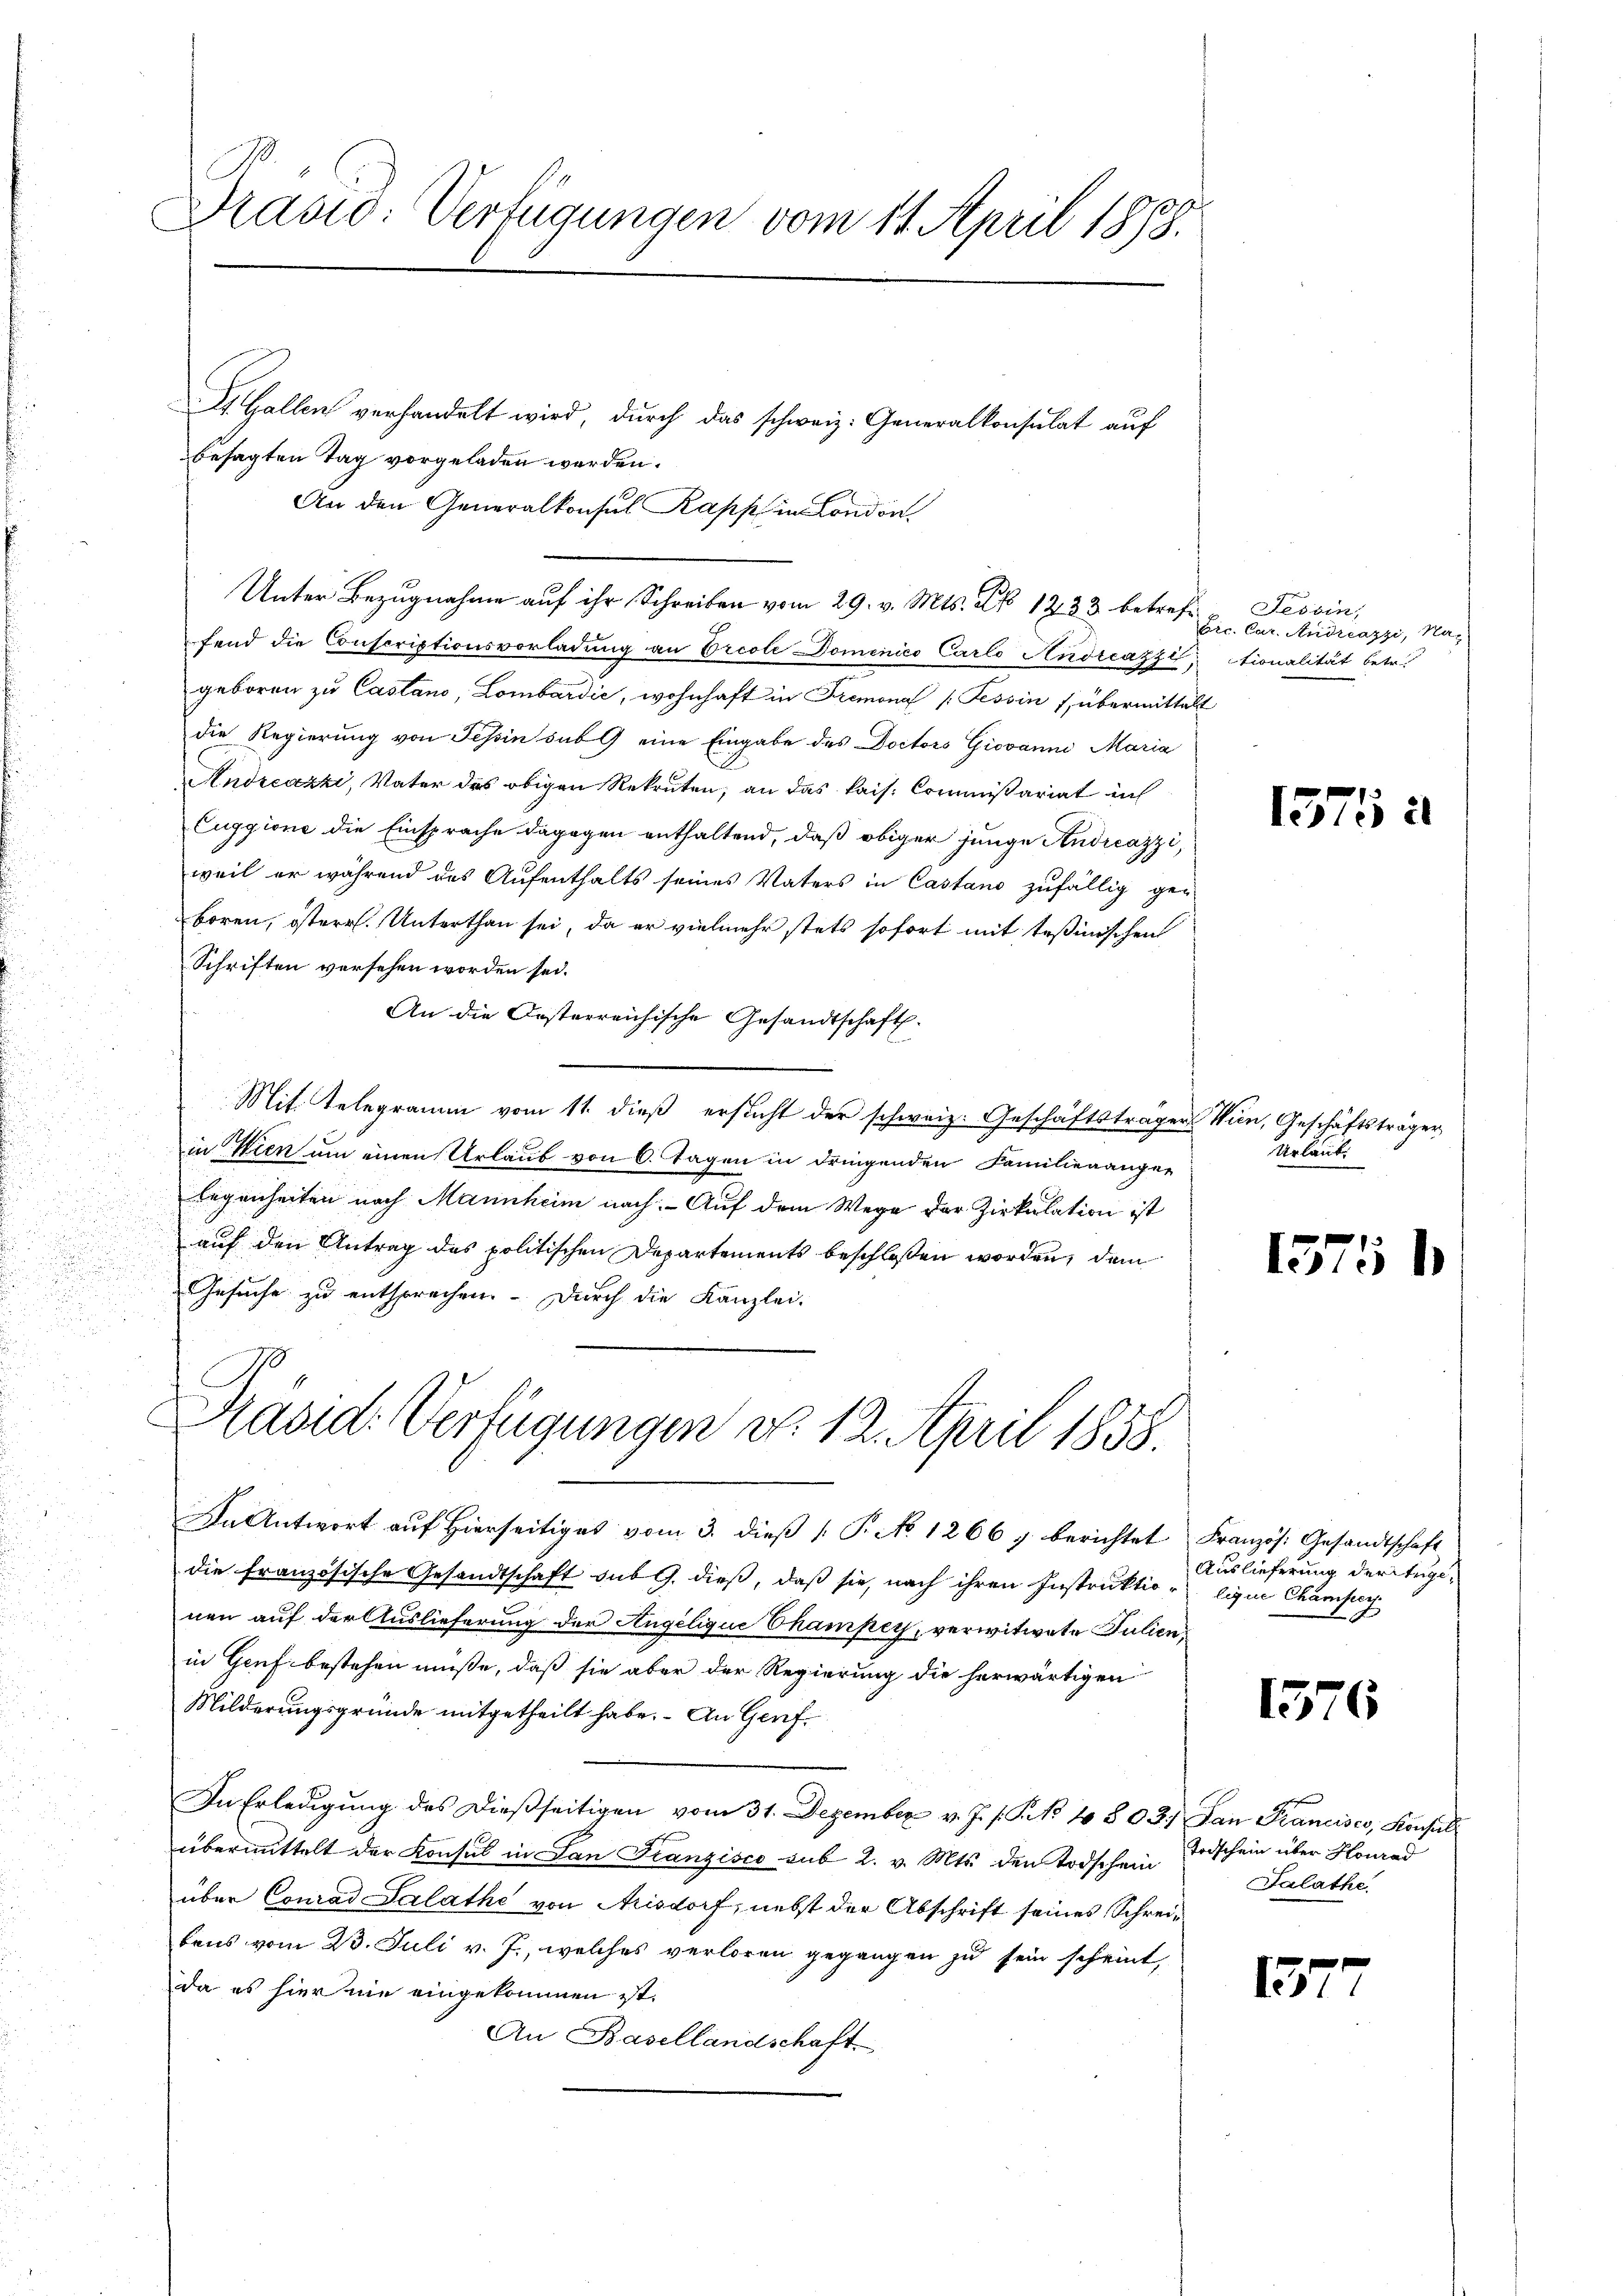
u

Präsid. Verfügungen vom 11. April 1878.

St. Gallen verhandelt wird, durch das schweiz. Generalkonsulat auf
besagten Tag vorgeladen werden.
An den Generalkonsul Papp in London
Unter Bezugnahme auf ihr Schreiben vom 29. v. Mts. No 1233 betreff Tessin,
fend die Conscriptionsvorladung an Vreole Domenico Carlo Andreazzi,
geboren zu Castano, Lombardić, wohnhaft in Fremonaf (Tessin 7, übermittalt
die Regierung von Tessin sub 9 eine Eingabe des Doctors Giovanni Maria
Andreazzi, Vater das obigen Rekruten, an das kais. Commißariat in
Euggione die Einsprache dagegen enthaltend, daß obiger junge Andreazzi,
weil er während das Aufenthalts seines Vaters in Castano zufällig ge-
boren, österr. Unterthan sei, da er vielmehr stets sofort mit Teßinischen
Schriften versehen worden sei.
An die Oesterreichische Gesandtschaft.
Mit. Telegramm vom 11. dieß ersucht der schweiz. Geschäftsträger Wien, Geschäftsträger
in Wien um einen Urlaub von 6. Tagen in dringenden Familienangen
legenheiten nach Mannheim nach. - Auf dem Wege der Zirkulation ist
auf den Antrag des politischen Departements beschloßen worden, dem
u
.
Gesuche zu entsprechen. Durch die Kanzlei-
u

Rasid. Verfügungen v. 12. April 1858.

In Antwort auf hierseitiges vom 3. dieβ (: P. No 1266) berichtet
die französische Gesandtschaft sub 9. dieß, daß sie, nach ihren Instruktio- lique Chamsey
nen auf der Auslieferung der Angelique Champer, verwitwete Julienin Genf bestehen müße, daß sie aber der Regierung die herwärtigen
Milderungsgründe mitgetheilt habe. An Gerf¬
In Erledigung des dießseitigen vom 31. Dezember v. J. J. P. No 108031 Jan Krancisco, Konsul
übermittelt der Konsul in San Franzisco sub 2. v. Mts. den Todschein
über Conrad Salathe von Aisdorf, nebst der Abschrift seines Schreibens vom 23. Juli v. J., welches verloren gegangen zu sein scheint,
da es hier nie eingekommen ist.
An Basellandschaft

Erc. Car. Andreazzi, Nationalität betr.

1575 u

Urlaubi

1575

Französ. Gesandtschaft
Auslieferung der Erge¬

1576

Todschein über Konrad
Salathe

15